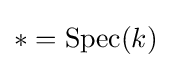
*=\operatorname {Spec} (k)